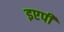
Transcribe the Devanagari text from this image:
इएपी